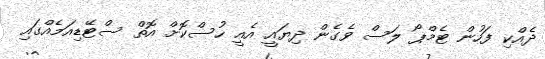
ދެއްކި ފަހުން ޓެމްޕޯ ލަސް ވެގެން ދިޔައީ އެއީ ހުސްކޮށް އޮތް ސްޓޭޑިއަމެއްގައި